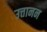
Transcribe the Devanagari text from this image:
उत्तानन